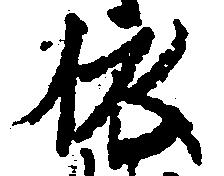
依